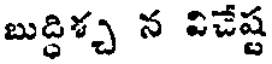
బుద్ధిశ్చ న విచేష్ట